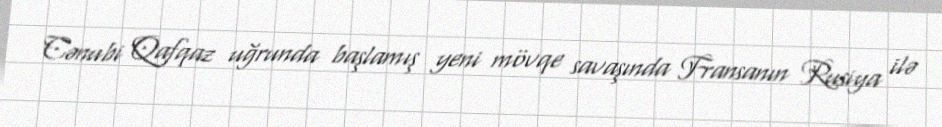
Cənubi Qafqaz uğrunda başlamış yeni mövqe savaşında Fransanın Rusiya ilə